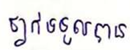
ថ្នាក់ទទួលបាន